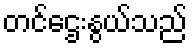
တင်ဌေးနွယ်သည်